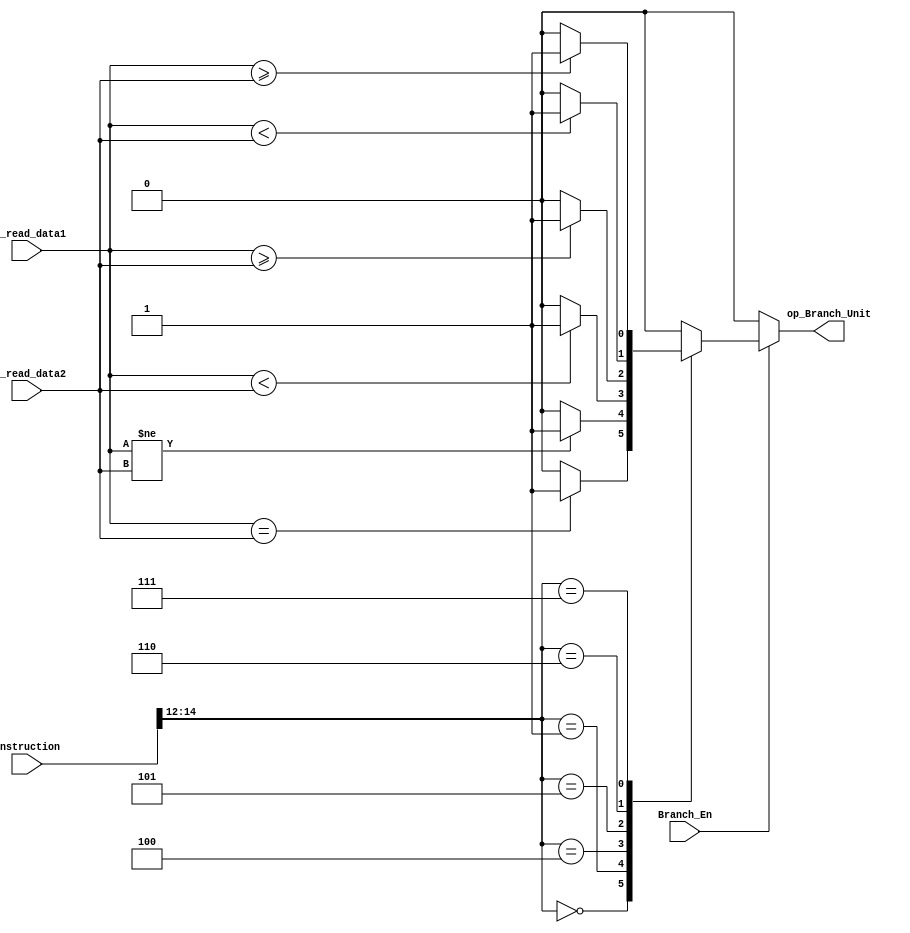
`timescale 1ns / 1ps
//////////////////////////////////////////////////////////////////////////////////
// Company: 
// Engineer: 
// 
// Design Name: 
// Module Name: Branch_Unit
// Project Name: 
// Target Devices: 
// Tool Versions: 
// Description: 
// 
// Dependencies: 
// 
// Revision:
// Revision 0.01 - File Created
// Additional Comments:
// 
//////////////////////////////////////////////////////////////////////////////////


module Branch_Unit(Instruction,ip_read_data1,ip_read_data2,Branch_En,op_Branch_Unit);
    //<------------------PORT DECLARATION--------------------->
    input [31:0] Instruction;                  // Complete Instruction
    input Branch_En;                         // Enable Signal
    input [31:0] ip_read_data1;              // Output of first port of Register file
    input [31:0] ip_read_data2;              // Output of second port of Register file
    output reg  op_Branch_Unit;         // Output of Branching Unit
    reg [2:0] funct3;

    always @ (*)
        begin
            funct3 = Instruction[14:12];
            op_Branch_Unit = 1'b0;
            if(Branch_En) begin
                    case(funct3)
                        3'b000 : begin                            // Branch-Equal Instruction (ex. beq)
                            op_Branch_Unit = (ip_read_data1 == ip_read_data2) ? 1'b1 : 1'b0;
                        end
                        3'b001 : begin                           // Branch-NOT-Equal Instruction (ex. bne)
                           op_Branch_Unit = (ip_read_data1 != ip_read_data2) ? 1'b1 : 1'b0;
                        end
                        3'b100 : begin                             // Branch if Less Than (ex. blt)
                            op_Branch_Unit = ($signed(ip_read_data1) < $signed(ip_read_data2)) ? 1'b1 : 1'b0;         
                        end
                        3'b101 : begin                           // Branch if Greater Than or Equal (ex. bge)
                            op_Branch_Unit = ($signed(ip_read_data1) >= $signed(ip_read_data2)) ? 1'b1 : 1'b0;      
                        end
                        3'b110 : begin                          // Branch if Less Than Unsigned (ex. bltu)
                            op_Branch_Unit = ($unsigned(ip_read_data1) < $unsigned(ip_read_data2)) ? 1'b1 : 1'b0;
                        end 
                        3'b111 : begin                       // Branch if Greater Than or Equal Unsigned (ex. bgeu)
                            op_Branch_Unit = ($unsigned(ip_read_data1) >= $unsigned(ip_read_data2)) ? 1'b1 : 1'b0;
                        end
                        default : begin
                            op_Branch_Unit <= 1'b0;
                        end
                    endcase
                end
        end
    
endmodule